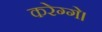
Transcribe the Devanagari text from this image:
करेग्गे।